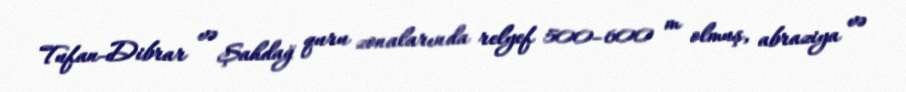
Tufan-Dibrar və Şahdağ quru zonalarında relyef 500–600 m olmuş, abraziya və